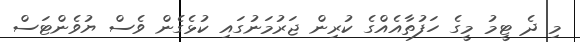
މި ދެ ޓީމު މީގެ ހަފުތާއެއްގެ ކުރިން ޖަރުމަނުގައި ކުޅެގެން ވެސް ޔުވެންޓަސް